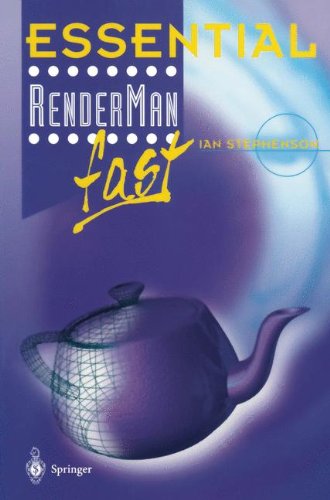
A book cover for Essential Renderman fast; Ian Stephenson; Computers & Technology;